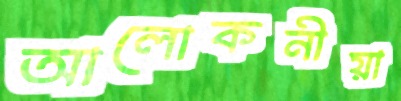
আলোকনীয়া